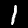
Label: 1